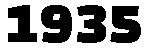
1935